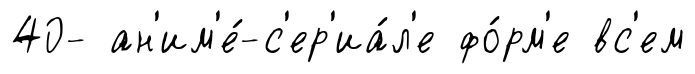
40- ан'им'е́-с'ер'иа́л'е фо́рм'е вс'ем